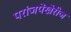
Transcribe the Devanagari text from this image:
परांजपेंखेरीज